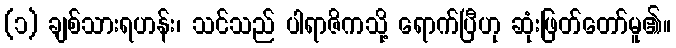
(၁) ချစ်သားရဟန်း၊ သင်သည် ပါရာဇိကသို့ ရောက်ပြီဟု ဆုံးဖြတ်တော်မူ၏။